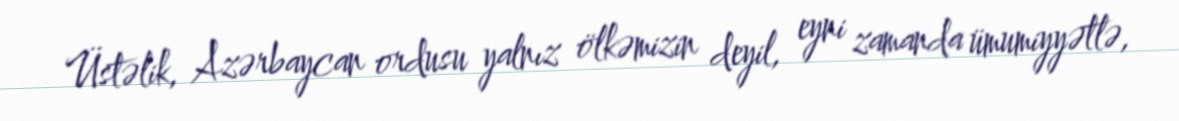
Üstəlik, Azərbaycan ordusu yalnız ölkəmizin deyil, eyni zamanda ümumiyyətlə,